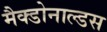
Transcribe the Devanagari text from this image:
मैक्डोनाल्डस